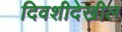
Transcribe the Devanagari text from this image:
दिवशीदेखील